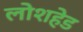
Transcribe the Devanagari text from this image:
लोशहेड